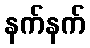
နက်နက်